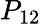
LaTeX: P_{12}